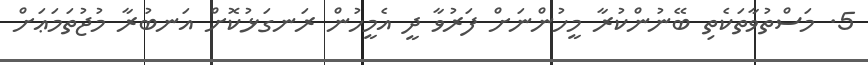
5. މަސްތުވާތަކެތި ބޭނުންކުރާ މީހުންނަށް ފަރުވާ ދީ އެމީހުން ރަނގަޅުކޮށް އަނބުރާ މުޖުތަމަޢަށް